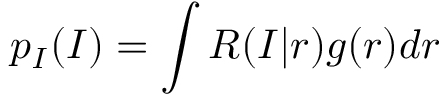
p _ { I } ( I ) = \int R ( I | r ) g ( r ) d r